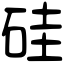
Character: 硅